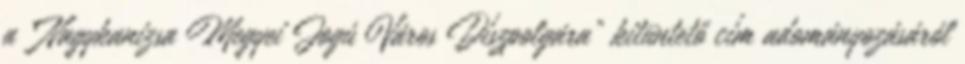
a “Nagykanizsa Megyei Jogú Város Díszpolgára” kitüntető cím adományozásáról